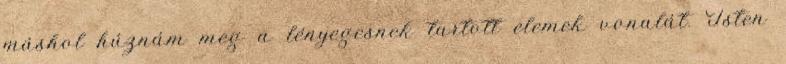
máshol húznám meg a lényegesnek tartott elemek vonalát. Isten